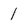
Character: 1